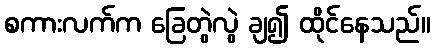
စကားလက်က ခြေတွဲလွဲ ချ၍ ထိုင်နေသည်။